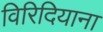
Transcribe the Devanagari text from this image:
विरिदियाना